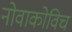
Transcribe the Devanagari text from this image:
नोवाकोविच